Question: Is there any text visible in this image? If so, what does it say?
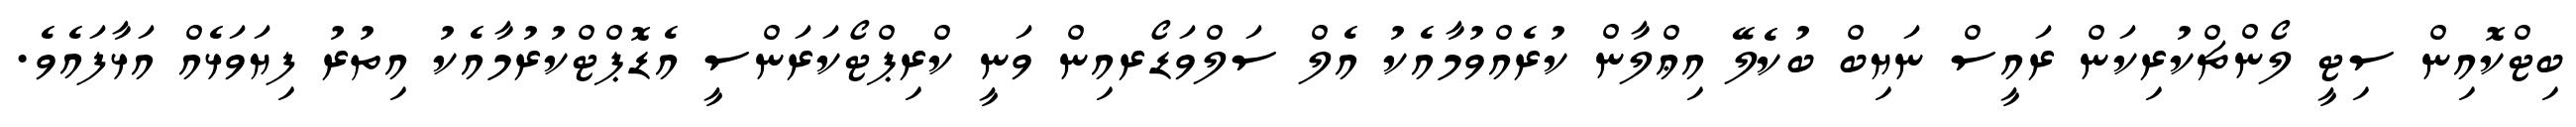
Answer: ބިޓްކޮއިން ސިޓީ ލޯންޗްކުރިކަން ރައީސް ނަޔިބް ބުކެލޭ އިޢްލާން ކުރެއްވުމާއެކު އެލް ސަލްވަޑޯރއިން ވަނީ ކްރިޕްޓޯކަރަންސީ އެޑޮޕްޓްކުރުމާއެކު އިތުރު ފިޔަވަޅެއް އަޅާފައެވެ.